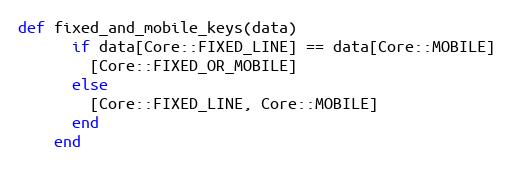
Language: Ruby
def fixed_and_mobile_keys(data)
      if data[Core::FIXED_LINE] == data[Core::MOBILE]
        [Core::FIXED_OR_MOBILE]
      else
        [Core::FIXED_LINE, Core::MOBILE]
      end
    end